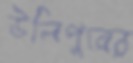
উলিপুরের